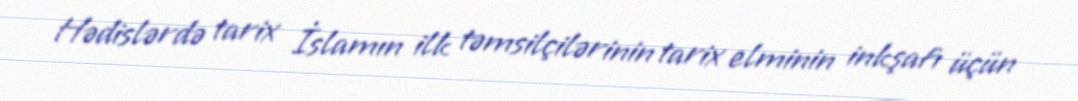
Hədislərdə tarix İslamın ilk təmsilçilərinin tarix elminin inkşafı üçün